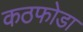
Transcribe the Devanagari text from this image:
कठफोडा